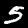
Digit: 5